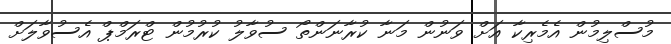
މުސްލިމުން އެމެރިކާ އަށް ވަނުން މަނާ ކުރާނަންތޯ ސުވާލު ކުރުމުން ޓްރަމްޕް އެސުވާލަށް